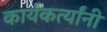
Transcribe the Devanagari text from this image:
कार्यकर्त्‍यांनी